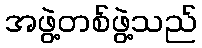
အဖွဲ့တစ်ဖွဲ့သည်